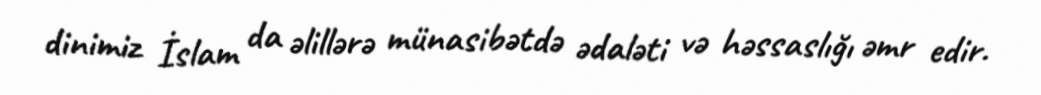
dinimiz İslam da əlillərə münasibətdə ədaləti və həssaslığı əmr edir.